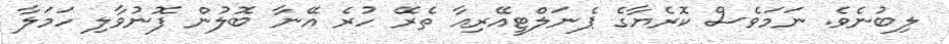
ލިބުނެވެ. ނަމަވެސް ކޮރެޔާގެ ޕެނަލްޓީއޭރިއާ ތެރޭ ހުރެ އޭނާ ބޮލުން ފޮނުވާލި ހަމަލާ